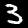
Digit: 3